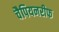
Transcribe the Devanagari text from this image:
चैपियनरीफ